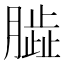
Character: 𦠊